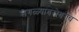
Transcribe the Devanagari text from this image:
सगळ्याबरोबरच